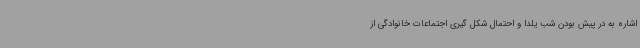
اشاره به در پیش بودن شب یلدا و احتمال شکل گیری اجتماعات خانوادگی از